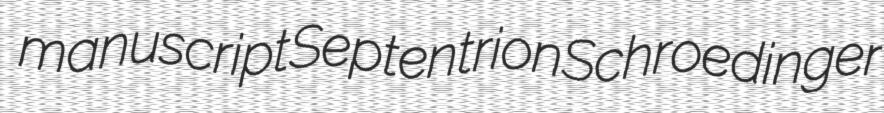
manuscript Septentrion Schroedinger